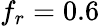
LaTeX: f_{r}=0.6